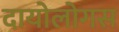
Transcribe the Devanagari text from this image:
दायोलोगस